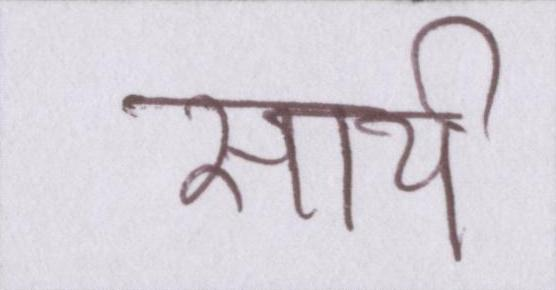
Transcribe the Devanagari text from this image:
साये